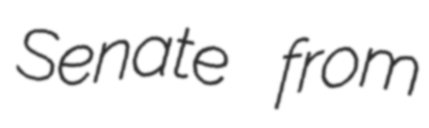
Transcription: Senate from